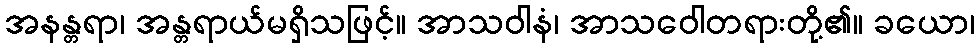
အနန္တရာ၊ အန္တရာယ်မရှိသဖြင့်။ အာသဝါနံ၊ အာသဝေါတရားတို့၏။ ခယော၊